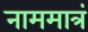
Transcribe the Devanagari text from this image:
नाममात्रं